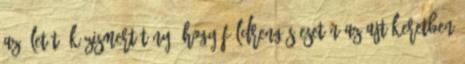
az életét. Közismert tény, hogy földrengés esetén az ajtókeretben